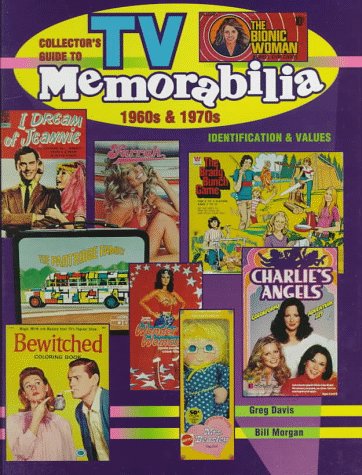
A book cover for Collector's Guide to TV Memorabilia 1960s & 1970s: Identification and Values (Collector's Guide to TV Toys & Memorabilia); Greg Davis; Crafts, Hobbies & Home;